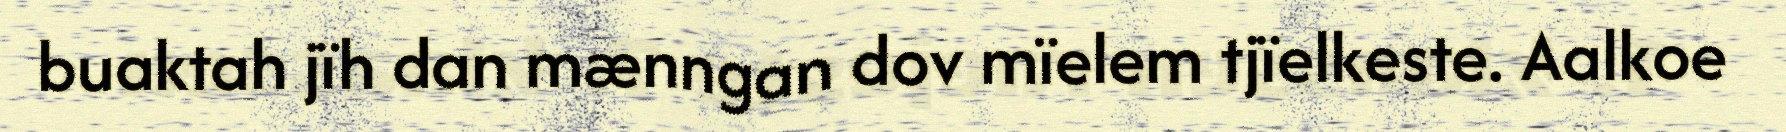
buaktah jïh dan mænngan dov mïelem tjïelkeste. Aalkoe